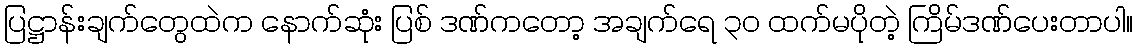
ပြဋ္ဌာန်းချက်တွေထဲက နောက်ဆုံး ပြစ် ဒဏ်ကတော့ အချက်ရေ ၃၀ ထက်မပိုတဲ့ ကြိမ်ဒဏ်ပေးတာပါ။